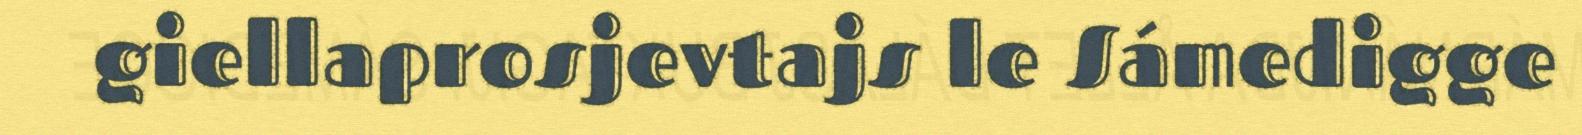
giellaprosjevtajs le Sámedigge